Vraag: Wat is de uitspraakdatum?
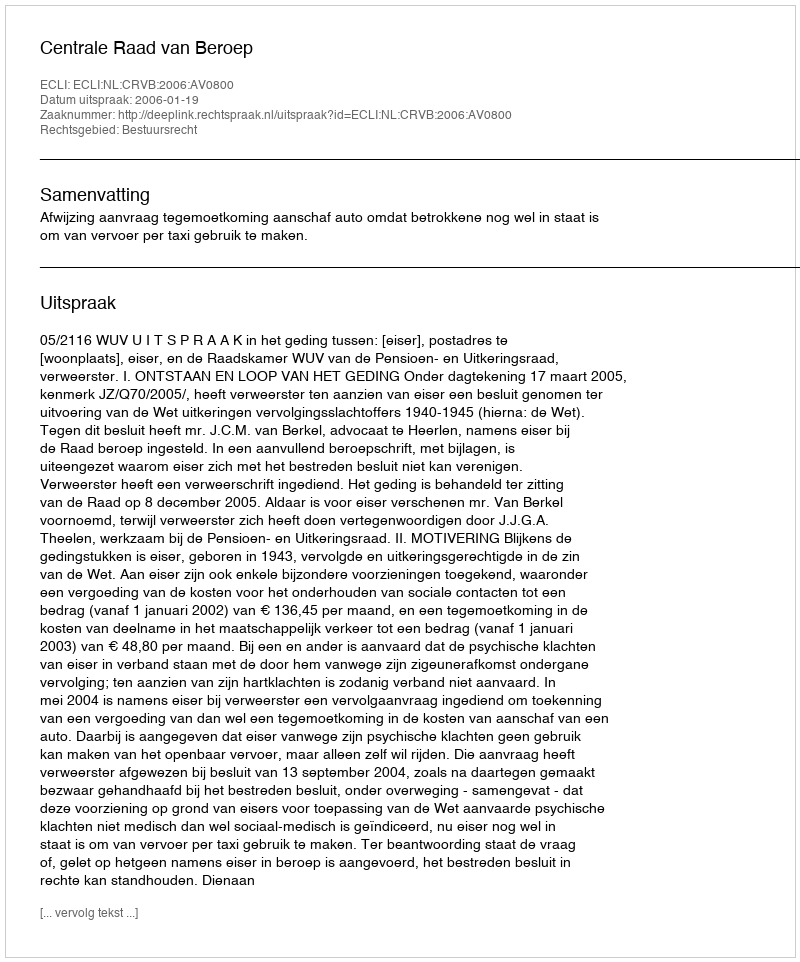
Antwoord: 2006-01-19